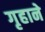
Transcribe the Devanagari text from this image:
गृहाने